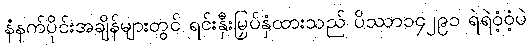
နံနက်ပိုင်းအချိန်များတွင် ရင်းနှီးမြှပ်နှံထားသည် ပိဿာ၁၄၂၉၁ ရဲရဲဝံ့ဝံ့ပဲ